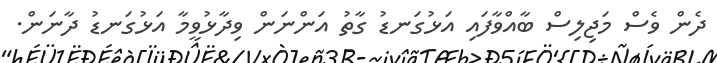
ދެން ވެސް މަޖިލިސް ބާއްވާފައި އަޅުގަނޑު ގާތު އަންނަން ވިދާޅުވީމާ އަޅުގަނޑު ދާނަން.